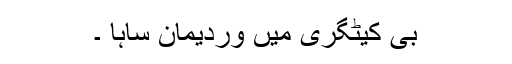
بی کیٹگری میں وردیمان ساہا ۔